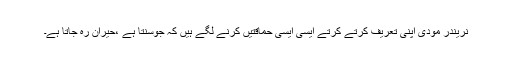
نریندر مودی اپنی تعریف کرتے کرتے ایسی ایسی حماقتیں کرنے لگے ہیں کہ جوسنتا ہے ،حیران رہ جاتا ہے۔